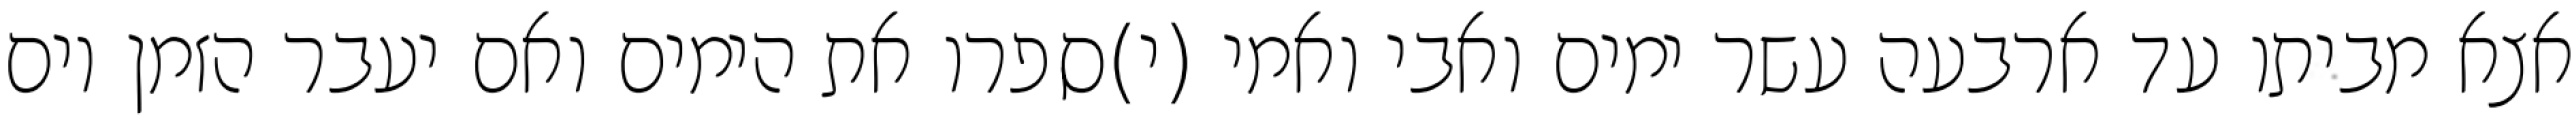
אצא מביתו עד ארבעה עשר ימים ואבי ואמי (י)ספרו את הימים ואם יעבר הזמן יום